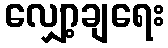
လျှော့ချရေး